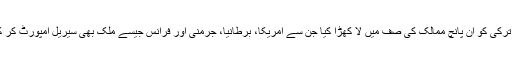
یہ وہ ڈراما ہے جس نے ترکی کو ان پانچ ممالک کی صف میں لا کھڑا کیا جن سے امریکا، برطانیا، جرمنی اور فرانس جیسے ملک بھی سیریل امپورٹ کر کے اپنے ہاں چلاتے ہیں۔